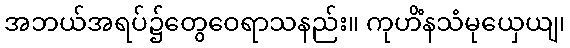
အဘယ်အရပ်၌တွေဝေရာသနည်း။ ကုဟိံနသံမုယှေယျ၊